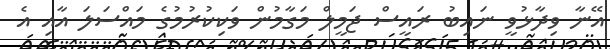
އޭނާ ވިދާޅުވީ ނައިބު ރައީސް ޖަމީލް މަގާމުން ވަކިކުރުމުގެ މައްސަލަ އާއި އެ